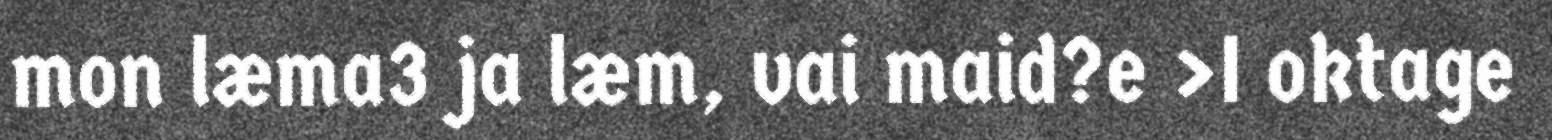
mon læma3 ja læm, vai maid?e >I oktage